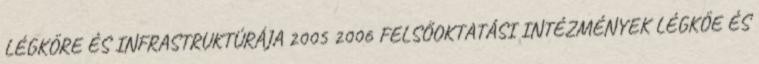
LÉGKÖRE ÉS INFRASTRUKTÚRÁJA 2005 2006 FELSŐOKTATÁSI INTÉZMÉNYEK LÉGKÖE ÉS